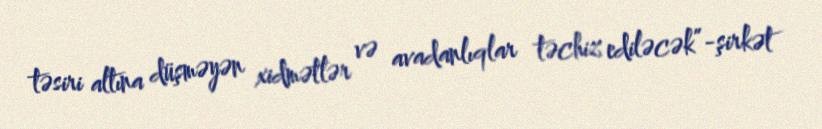
təsiri altına düşməyən xidmətlər və avadanlıqlar təchiz ediləcək”-şirkət